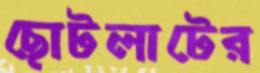
ছোটলাটের